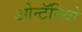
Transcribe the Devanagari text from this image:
ओन्टॅरियो